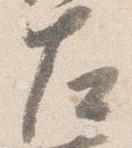
左